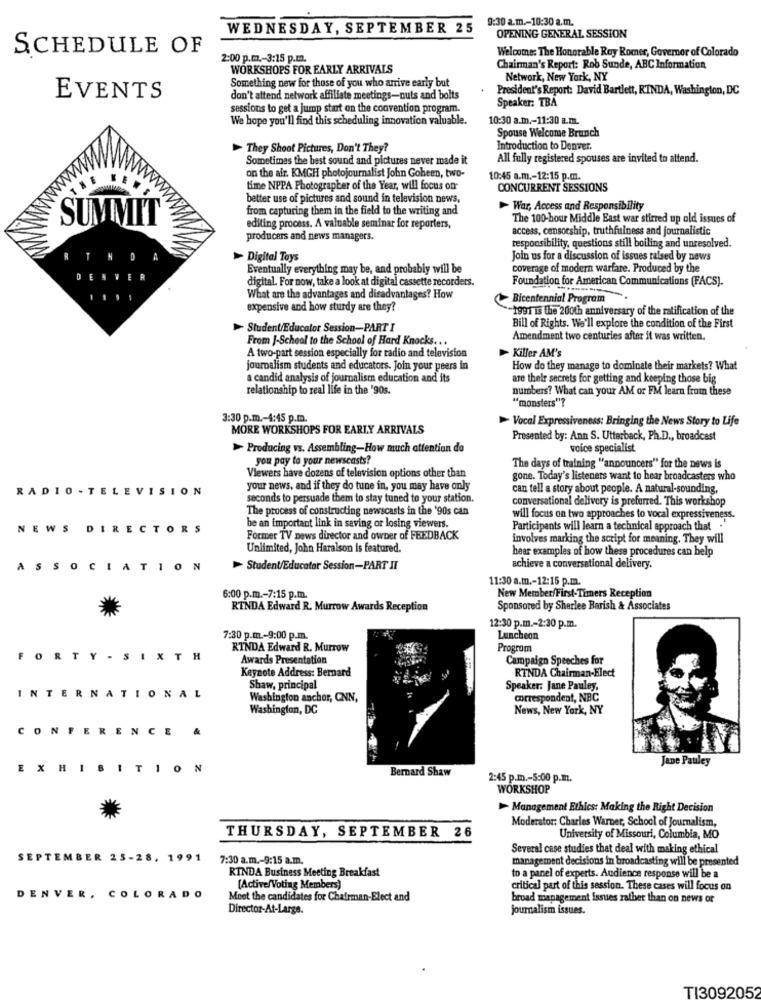
9:30 a.m .- 10:30 a.m.
WEDNESDAY, SEPTEMBER 25
OPENING GENERAL SESSION
SCHEDULE OF
Welcome: The Honorable Roy Romer, Governor of Colorado
2:00 p.m .- 3:15 p.m.
WORKSHOPS FOR EARLY ARRIVALS
Chairman's Report: Rob Sunde, ABC Information
Network, New York, NY
Something new for those of you who arrive early but
President's Report: David Bartlett, RINDA, Washington, DC
EVENTS
don't attend network affiliate meetings-nuts and bolts
Speaker: TBA
sessions to get a jump start on the convention program.
We hope you'll find this scheduling innovation valuable.
10:30 a.m .- 11:30 a.m.
Spouse Welcome Brunch
> They Shoot Pictures, Don't They?
Introduction to Denver.
Sometimes the best sound and pictures never made it
All fully registered spouses are invited to attend.
on the air. KMGH photojournalist John Goheen, two-
10:45 a.m .- 12:15 p.m.
time NPPA Photographer of the Year, will focus on-
CONCURRENT SESSIONS
better use of pictures and sound in television news,
from capturing them in the field to the writing and
- War, Access and Responsibility
SUMMIT
The 100-hour Middle East war stirred up old issues of
editing process. A valuable seminar for reporters,
access, censorship, truthfulness and journalistic
producers and news managers.
responsibility, questions still boiling and unresolved.
Digital Toys
Join us for a discussion of issues raised by news
Eventually everything may be, and probably will be
coverage of modern warfare. Produced by the
E
E
R
digital. For now, take a look at digital cassette recorders.
Foundation for American Communications (FACS).
1
What are the advantages and disadvantages? How
Bicentennial Program
expensive and how sturdy are they?
-1991 is the 200th anniversary of the ratification of the
> Student/Educator Session-PART I
Bill of Rights. We'll explore the condition of the First
From J-School to the School of Hard Knocks ...
Amendment two centuries after it was written.
A two-part session especially for radio and television
Killer AM's
journalism students and educators. Join your peers in
How do they manage to dominate their markets? What
a candid analysis of journalism education and its
are their secrets for getting and keeping those big
relationship to real life in the '90s.
numbers? What can your AM or FM learn from these
"monsters"?
3:30 p.m .- 4:45 p.m.
> Vocal Expressiveness: Bringing the News Story to Life
MORE WORKSHOPS FOR EARLY ARRIVALS
Presented by: Ann S. Utterback, Ph.D ., broadcast
> Producing vs. Assembling-How much attention do
voice specialist
you pay to your newscasts?
The days of training "announcers" for the news is
Viewers have dozens of television options other than
gone. Today's listeners want to hear broadcasters who
RADIO - TELEVISION
your news, and if they do tune in, you may have only
can tell a story about people. A natural-sounding,
seconds to persuade them to stay tuned to your station.
conversational delivery is preferred. This workshop
The process of constructing newscasts in the '90s can
will focus on two approaches to vocal expressiveness.
NEWS
DIRECTORS
be an important link in saving or losing viewers.
Participants will learn a technical approach that .'
Former TV news director and owner of FEEDBACK
involves marking the script for meaning. They will
Unlimited, John Haralson is featured.
hear examples of how these procedures can help
ASSOCIATION
> Student/Educator Session-PART II
achieve a conversational delivery.
11:30 a.m .- 12:15 p.m.
New Member/First-Timers Reception
6:00 p.m .- 7:15 p.m.
RTNDA Edward R. Murrow Awards Reception
Sponsored by Sherlee Barish & Associates
12:30 p.m .- 2:30 p.m.
7:30 p.m .- 9:00 p.m.
Luncheon
RINDA Edward R. Murrow
Progrom
FORTY - SIXTH
Awards Presentation
Campaign Speeches for
Keynote Address: Bernard
RTNDA Chairman-Elect
Shaw, principal
Speaker: Jane Pauley,
INTERNATIONAL
Washington anchor, CNN,
correspondent, NBC
Washington, DC
News, New York, NY
CO
NFI
RENCE
&
Jane Pauley
X
HIBITION
Bernard Shaw
2:45 p.m .- 5:00 p.m.
WORKSHOP
> Management Ethics: Making the Right Decision
Moderator: Charles Warner, School of Journalism,
THURSDAY, SEPTEMBER 26
University of Missouri, Columbia, MO
Several case studies that deal with making ethical
SEPTEMBER 25-28. 1991
7:30 a.m .- 9:15 a.m.
management decisions in broadcasting will be presented
RINDA Business Meeting Breakfast
to a panel of experts. Audience response will be a
(Active/Voting Members)
critical part of this session. These cases will focus on
DENVER , COLORADO
Moet the candidates for Chairman-Elect and
broad management issues rather than on news or
Director-At-Large.
journalism issues.
TI3092052